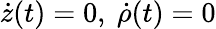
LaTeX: \dot{z}(t)=0,\ \dot{\rho}(t)=0